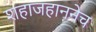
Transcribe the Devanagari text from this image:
शहाजहाननेच